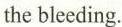
the bleeding.